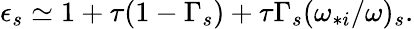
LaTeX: \begin{array}{r}{\epsilon_{s}\simeq 1+\tau(1-\Gamma_{s})+\tau\Gamma_{s}(\omega_{*i}/\omega)_{s}.}\end{array}